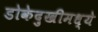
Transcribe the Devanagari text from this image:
डोकेदुखीमध्ये